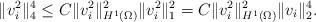
LaTeX: \begin{align*}\|v_i^2\|_4^4 \leq C\|v_i^2\|_{H^1(\Omega)}^2\|v_i^2\|_{1}^2 = C\|v_i^2\|_{H^1(\Omega)}^2\|v_i\|_2^4.\end{align*}